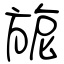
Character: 旎